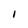
Character: I